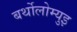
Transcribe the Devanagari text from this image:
बर्थोलोम्युइ